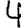
Digit: 4